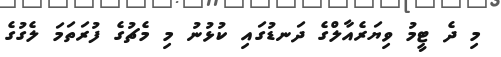
މި ދެ ޓީމު ވިޔަރެއާލްގެ ދަނޑުގައި ކުޅުނު މި މެޗުގެ ފުރަތަމަ ލެގުގެ